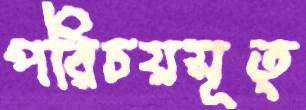
পরিচয়সূত্